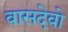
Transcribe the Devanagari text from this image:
वासदेवो